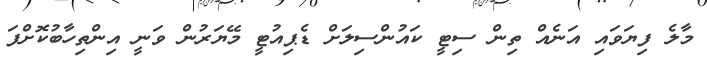
މާލެ ފިޔަވައި އަނެއް ތިން ސިޓީ ކައުންސިލަށް ޑެޕިއުޓީ މޭޔަރުން ވަނީ އިންތިހާބުކޮށްފަ